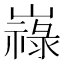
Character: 𡽋